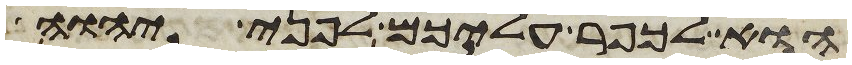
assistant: הוא לכפר עליכם לפני יהוה